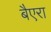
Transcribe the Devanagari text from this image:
बैएरा